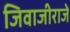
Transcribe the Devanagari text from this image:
जिवाजीराजे